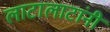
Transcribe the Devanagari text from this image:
लाटालाटांनी